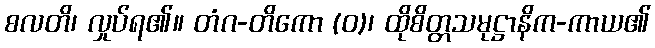
စလတိ၊ လှုပ်ရ၏။ တံဂ-တိကော (ဝ)၊ ထိုစိတ္တသမုဋ္ဌာနိက-ကာယ၏